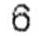
6